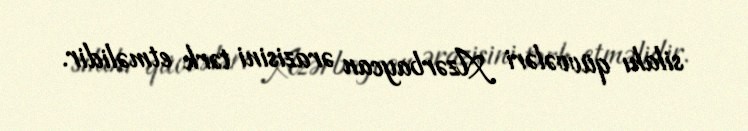
silahı qüvvələri Azərbaycan ərazisini tərk etməlidir.